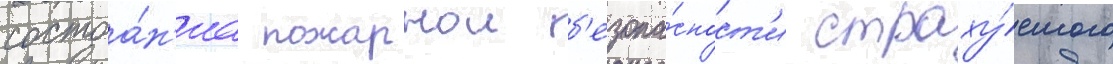
состоа́н'иа пожарнои б'езопа́сност'и страху́емого